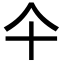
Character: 仐